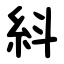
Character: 紏